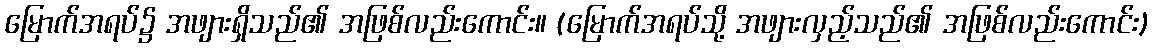
မြောက်အရပ်၌ အဖျားရှိသည်၏ အဖြစ်လည်းကောင်း။ (မြောက်အရပ်သို့ အဖျားလှည့်သည်၏ အဖြစ်လည်းကောင်း)